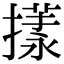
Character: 𢵎